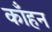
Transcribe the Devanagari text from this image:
काँहन